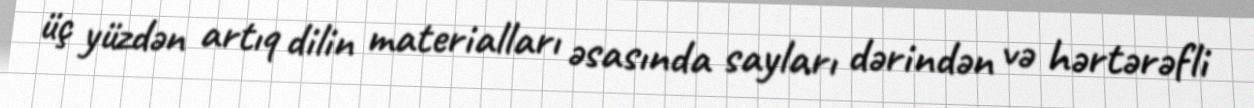
üç yüzdən artıq dilin materialları əsasında sayları dərindən və hərtərəfli